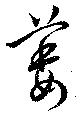
萎